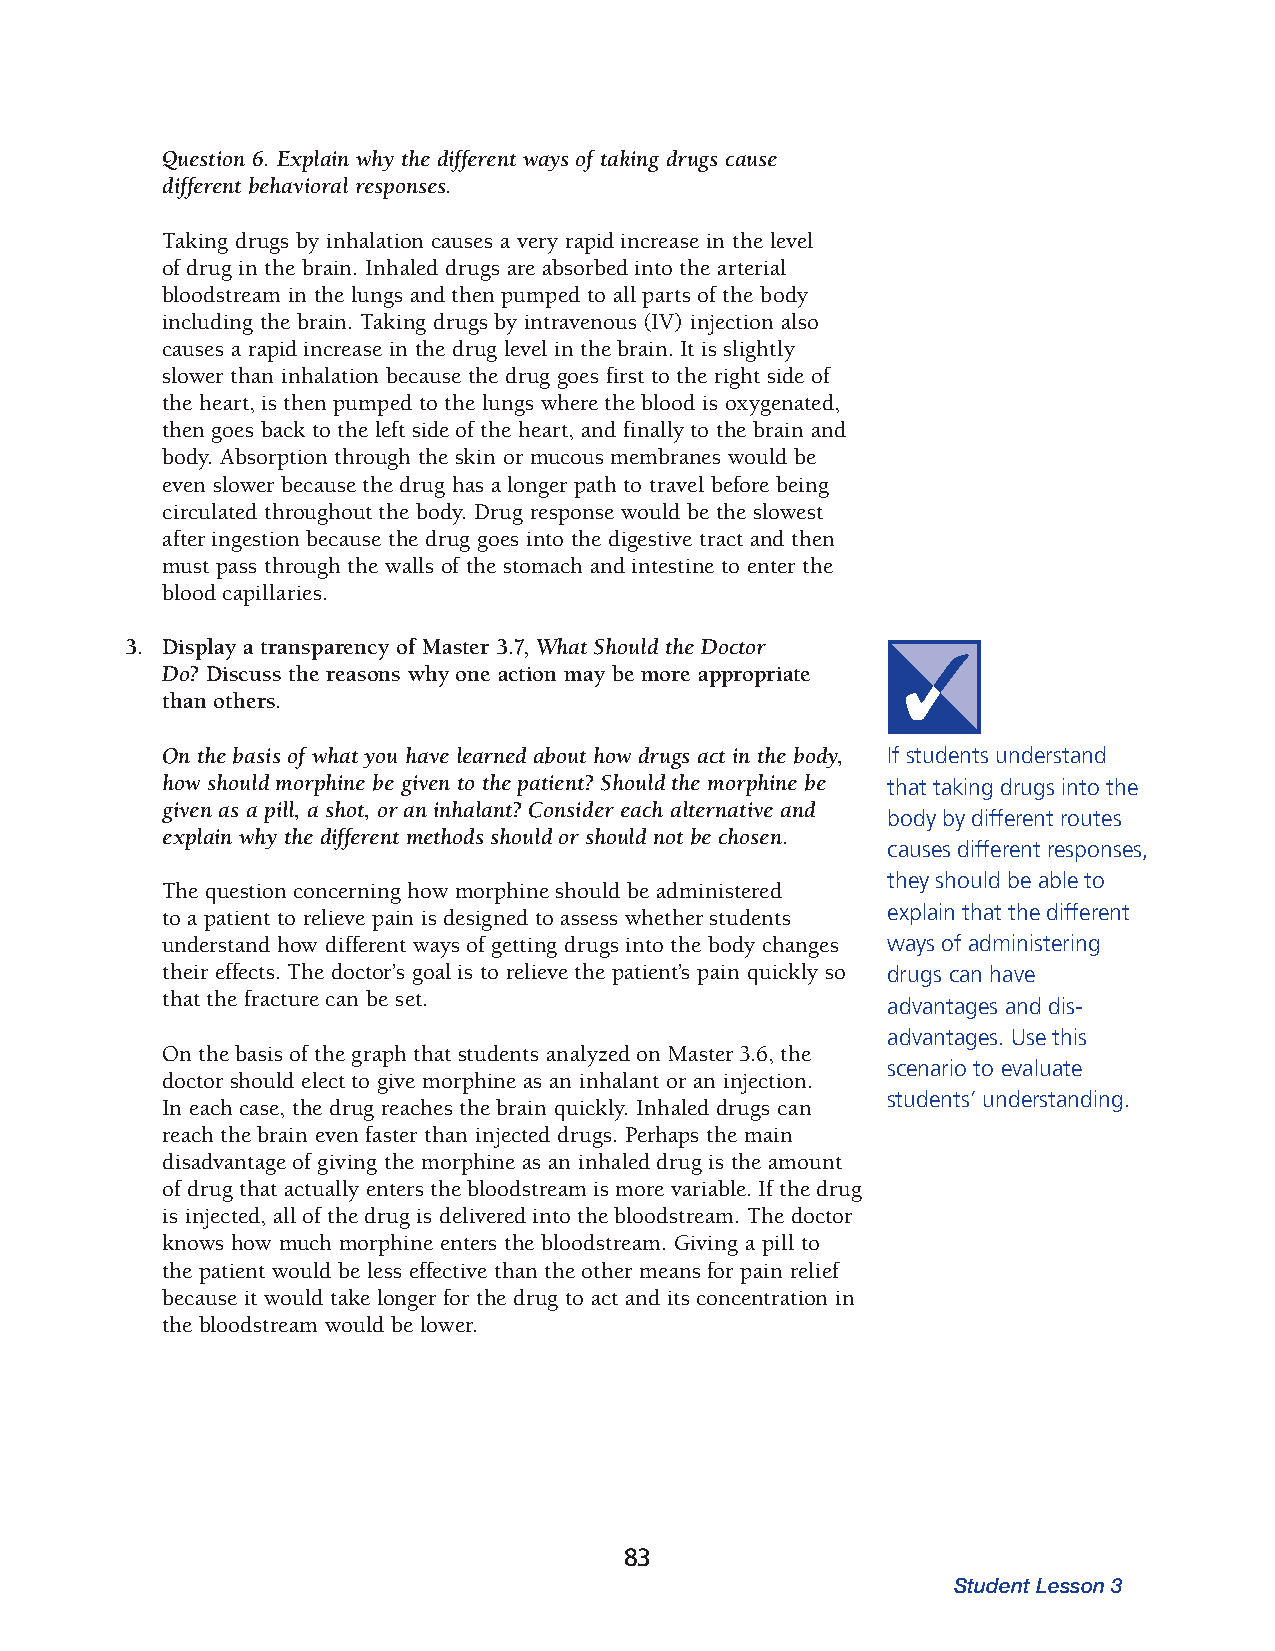
Question 6. Explain why the different ways of taking drugs cause
 different behavioral responses.
 Taking drugs by inhalation causes a very rapid increase in the level
 of drug in the brain. Inhaled drugs are absorbed into the arterial
 bloodstream in the lungs and then pumped to all parts of the body
 including the brain. Taking drugs by intravenous (IV) injection also
 causes a rapid increase in the drug level in the brain. It is slightly
 slower than inhalation because the drug goes first to the right side of
 the heart, is then pumped to the lungs where the blood is oxygenated,
 then goes back to the left side of the heart, and finally to the brain and
 body. Absorption through the skin or mucous membranes would be
 even slower because the drug has a longer path to travel before being
 circulated throughout the body. Drug response would be the slowest
 after ingestion because the drug goes into the digestive tract and then
 must pass through the walls of the stomach and intestine to enter the
 blood capillaries.
 3. Display a transparency of Master 3.7, What Should the Doctor
 Do? Dis cuss the reasons why one action may be more appropriate
 than others.
 On the basis of what you have learned about how drugs act in the body, If students understand
 how should morphine be given to the patient? Should the morphine be that taking drugs into the
 given as a pill, a shot, or an inhalant? Consider each alternative and
 body by different routes
 explain why the different methods should or should not be chosen.
 causes different responses,
 they should be able to
 The question concerning how morphine should be administered
 to a patient to relieve pain is designed to assess whether students explain that the different
 understand how different ways of getting drugs into the body changes ways of administering
 their effects. The doctor’s goal is to relieve the patient’s pain quickly so drugs can have
 that the fracture can be set.
 advantages and dis­
 advantages. Use this
 On the basis of the graph that students analyzed on Master 3.6, the
 sce nario to evaluate
 doctor should elect to give morphine as an inhalant or an injection.
 students’ understanding.
 In each case, the drug reaches the brain quickly. Inhaled drugs can
 reach the brain even faster than injected drugs. Perhaps the main
 disadvantage of giving the morphine as an inhaled drug is the amount
 of drug that actually enters the blood stream is more variable. If the drug
 is injected, all of the drug is delivered into the bloodstream. The doctor
 knows how much morphine enters the bloodstream. Giving a pill to
 the patient would be less effective than the other means for pain relief
 because it would take longer for the drug to act and its concentration in
 the blood stream would be lower.
 83
 Student Lesson 3